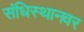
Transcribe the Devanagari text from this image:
संधिस्थानवर